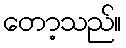
တော့သည်။